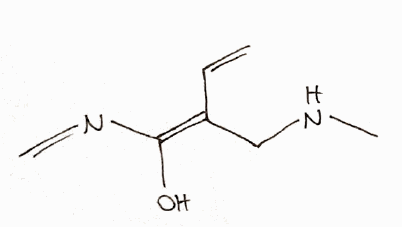
Simplified molecular-input line-entry system (SMILES) notation of the given molecule:
CNC/C(=C(/N=C)\O)/C=C